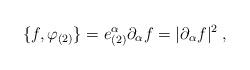
LaTeX: \begin{align*}\{f,\varphi _{(2)}\}=e_{(2)}^{\alpha }\partial _{\alpha }f=|\partial_{\alpha }f|^{2}\;, \end{align*}